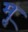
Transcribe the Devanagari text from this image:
मॢ